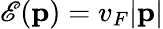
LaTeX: \mathscr{E}({\mathbf p})=v_{F}|{\mathbf p}|